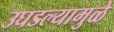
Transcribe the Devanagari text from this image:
उघडल्यामुळे